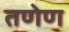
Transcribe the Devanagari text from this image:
तणेण